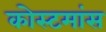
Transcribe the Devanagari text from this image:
कोस्टमांस